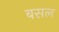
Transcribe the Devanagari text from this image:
बसल